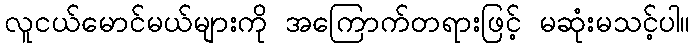
လူငယ်မောင်မယ်များကို အကြောက်တရားဖြင့် မဆုံးမသင့်ပါ။